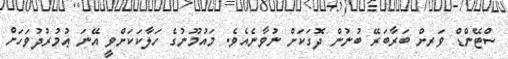
ސްޓޭންޑް ވަރށް ބަރާބަރޭ ބުނުން ދޮގަކަށް ނުވާނެއެވެ. މައުމޫނުގެ ހަލާކަކަށްވީ އޭނަ ޢުމުރުދުވަހަށް